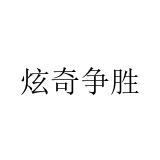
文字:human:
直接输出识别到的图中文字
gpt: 炫奇争胜